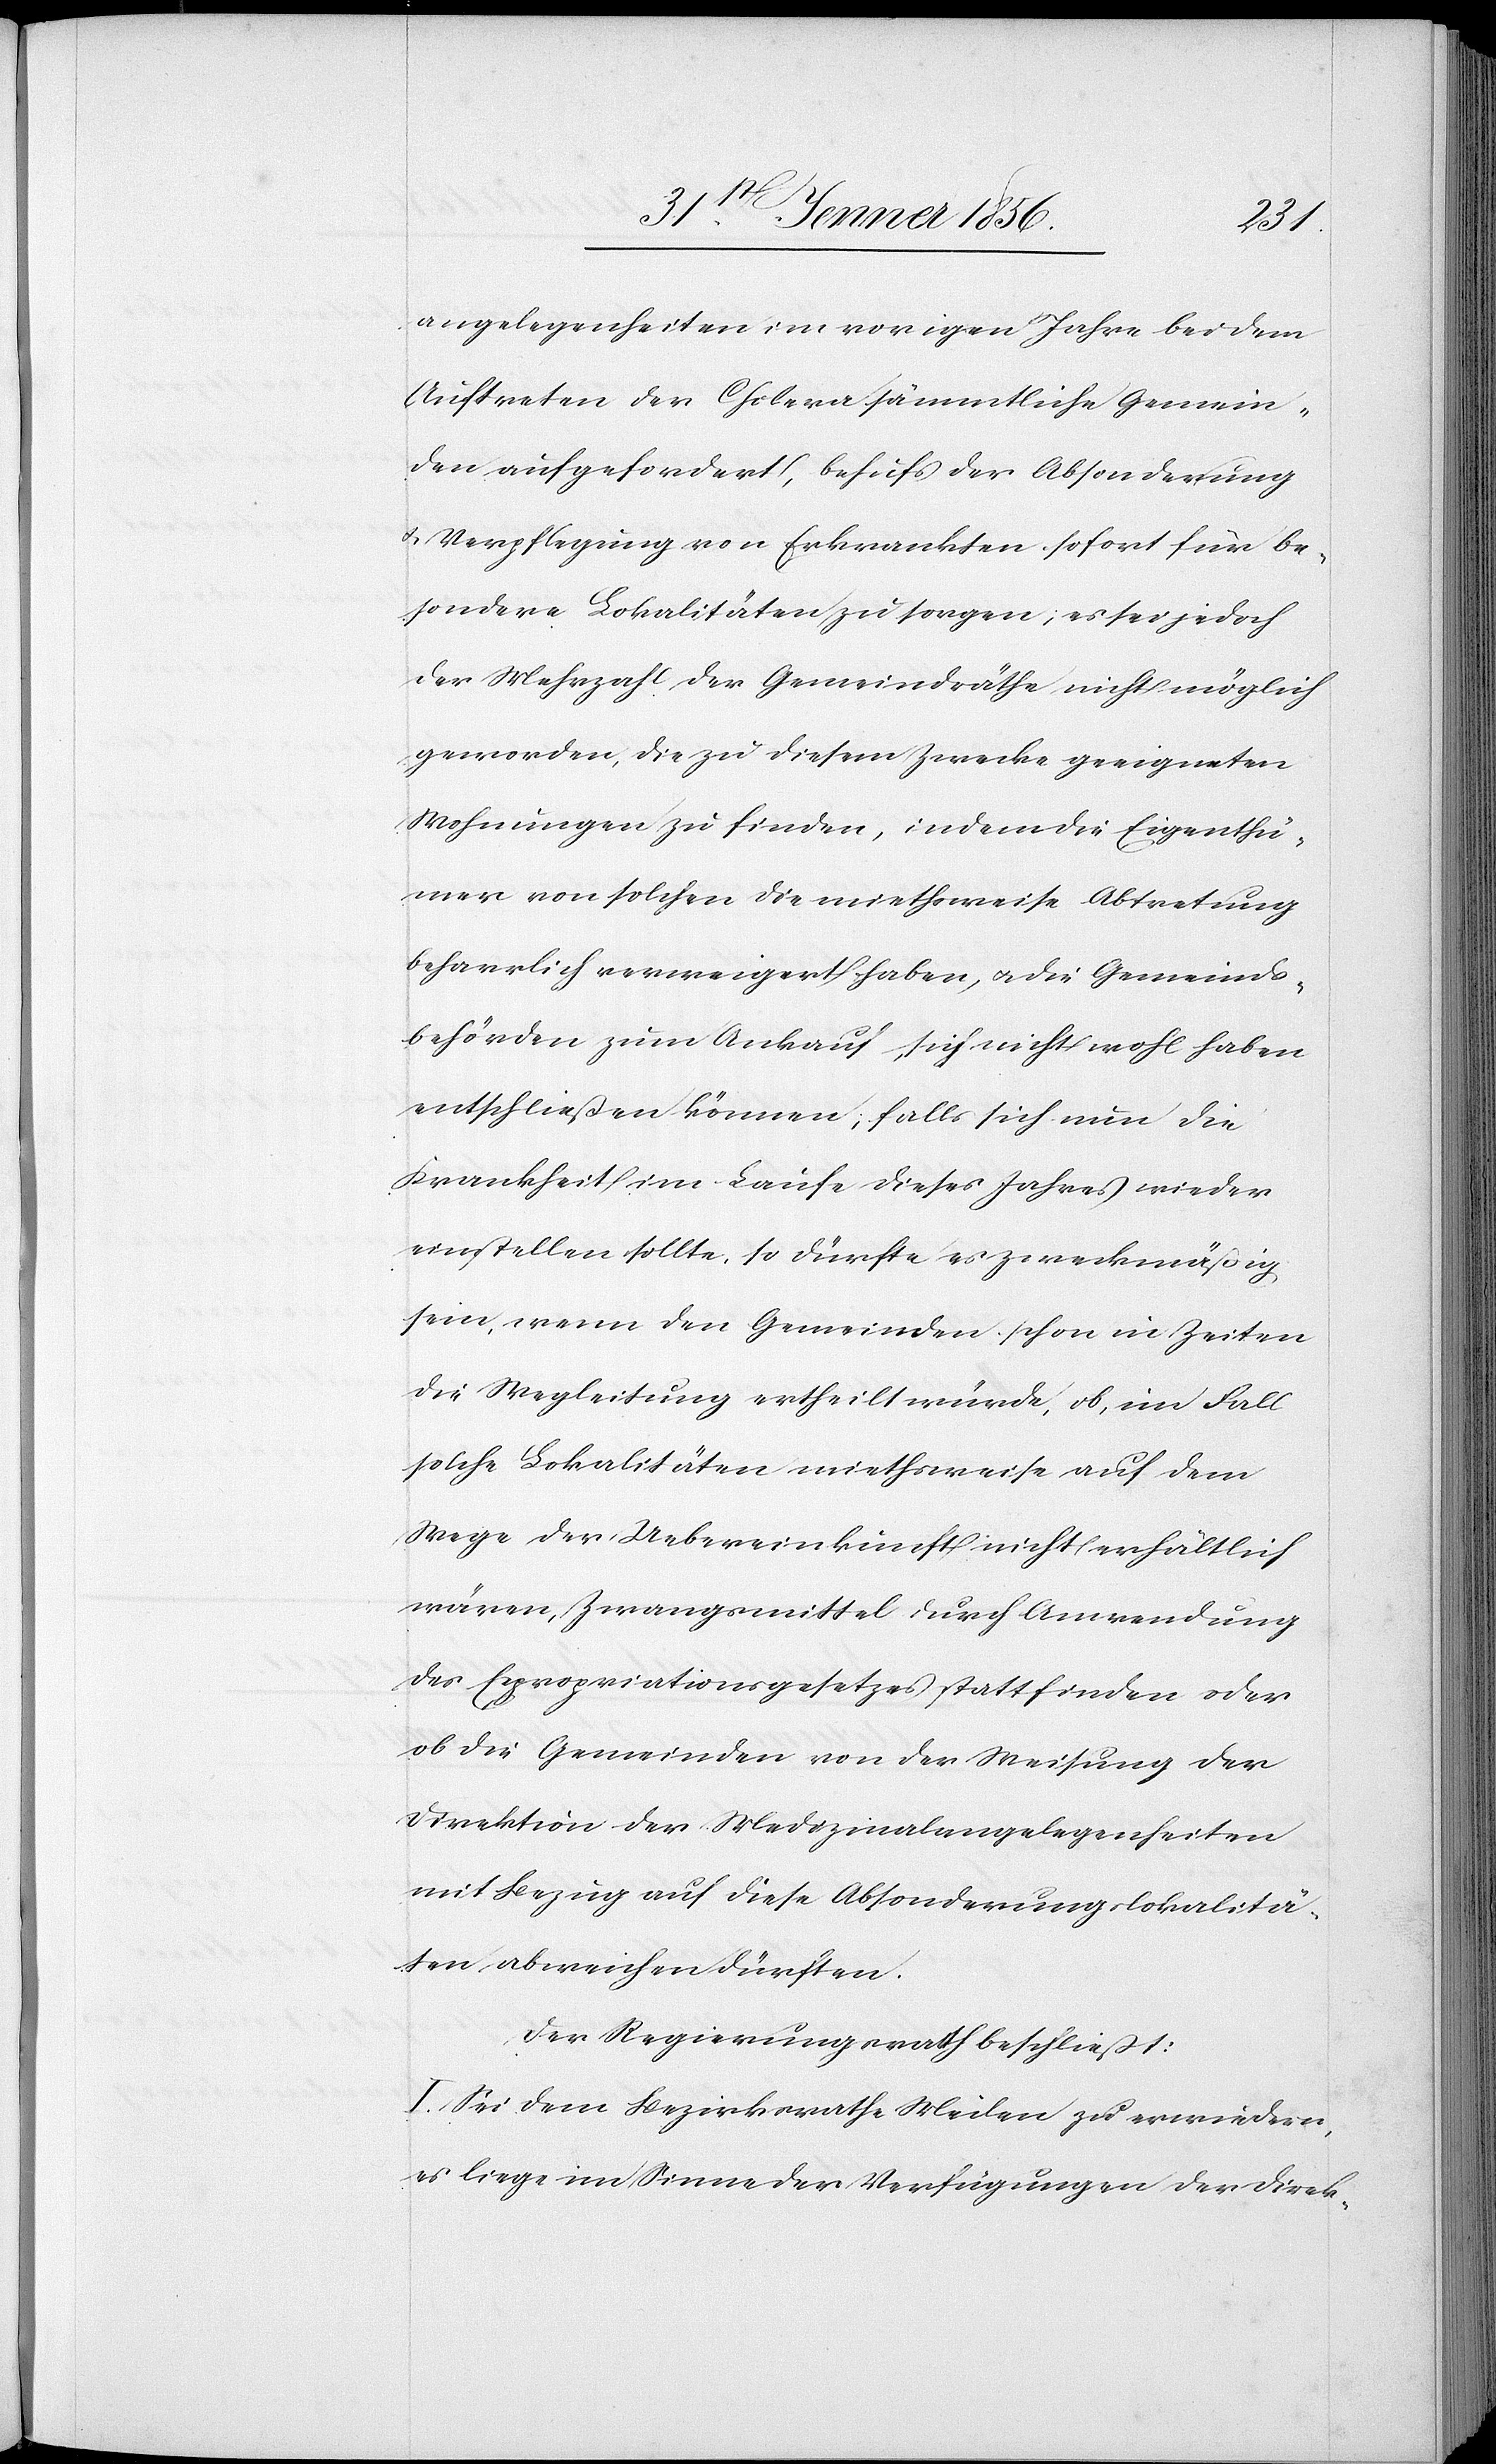
angelegenheiten im vorigen Jahre bei dem
Auftreten der Cholera sämmtliche Gemein¬
den aufgefordert, behufs der Absonderung
u. Verpflegung von Erkrankten sofort für be¬
sondere Lokalitäten zu sorgen; es sei jedoch
der Mehrzahl der Gemeindräthe nicht möglich
geworden, die zu diesem Zwecke geeigneten
Wohnungen zu finden, indem die Eigenthü¬
mer von solchen die miethsweise Abtretung
beharrlich verweigert haben, u. die Gemeinds¬
behörde zum Ankauf sich nicht wohl haben
entschließen können; falls sich nun die
Krankheit im Laufe dieses Jahres wieder
einstellen sollte, so dürfte es zweckmäßig
sein, wenn den Gemeinden schon in Zeiten
die Wegleitung ertheilt würde, ob , im Fall
solche Lokalitäten miethsweise auf dem
Wege der Uebereinkunft nicht erhältlich
wären, Zwangsmittel durch Anwendung
des Expropriationsgesetzes stattfinden oder
ob die Gemeinden von der Weisung der
Direktion der Medizinalangelegenheiten
mit Bezug auf diese Absonderungslokalitä¬
ten abweichen dürften.
Der Regierungsrath beschließt:
I. Sei dem Bezirksrathe Meilen zu erwiedern,
es liege im Sinne der Verfügungen der Direk-